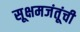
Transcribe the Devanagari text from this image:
सूक्षमजंतूंची